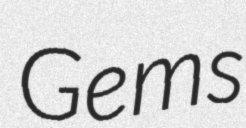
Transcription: Gems